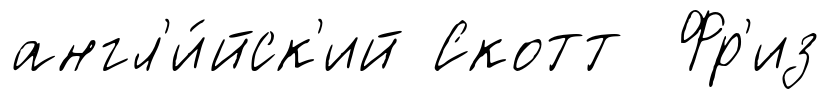
англ'и́йск'ий Скотт Фр'из